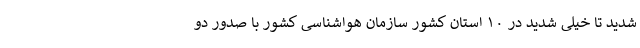
شدید تا خیلی شدید در ۱۰ استان کشور سازمان هواشناسی کشور با صدور دو